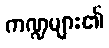
ကဏ္ဍများ၏